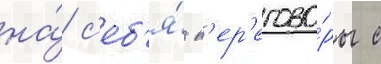
на́ с'еб'я́ п'ер'егово́ры с